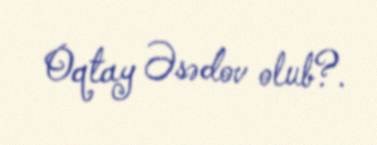
Oqtay Əsədov olub?.